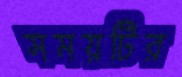
সময়টির